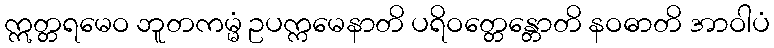
ဣတ္တရမေဝ ဘူတကမ္မံ ဥပက္ကမေနာတိ ပရိဝတ္တေန္တောတိ နဝဓာတိ အာဝါပံ